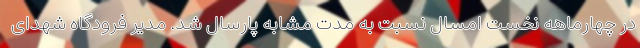
در چهارماهه نخست امسال نسبت به مدت مشابه پارسال شد. مدیر فرودگاه شهدای